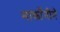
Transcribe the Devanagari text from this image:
मार्कोनीने